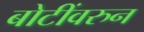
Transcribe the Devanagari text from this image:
बोटींवरुन